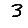
Digit: 3